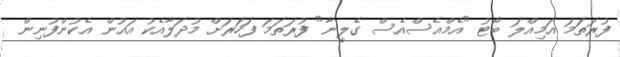
ފުރަތަމަ އަމިއްލަ ބޯޓު "އެމްއެސްއެސް ގެލީނާ" ފުރަތަމަ ފަހަރަށް މުދަލާއެކު އައުން އެކުންފުނިން